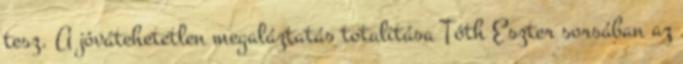
tesz. A jóvátehetetlen megaláztatás totalitása Tóth Eszter sorsában az